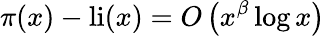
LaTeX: \pi(x)-\operatorname{li}(x)=O\left(x^{\beta}\log x\right)